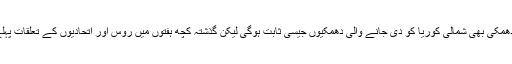
ایسا سوچا جا سکتا تھا کہ ٹرمپ کی یہ دھمکی بھی شمالی کوریا کو دی جانے والی دھمکیوں جیسی ثابت ہوگی لیکن گذشتہ کچھ ہفتوں میں روس اور اتحادیوں کے تعلقات پہلے ہی بدترین سطح تک پہنچ چکے تھے۔